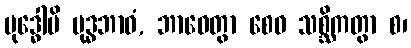
ဗုဒ္ဓေါပိ ဗုဒ္ဓဘာဝံ, ဘာဝေတွာ စေဝ သစ္ဆိကတွာ စ၊